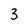
Character: 3